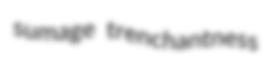
sumage trenchantness